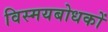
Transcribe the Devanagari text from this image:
विस्मयबोधकों